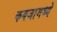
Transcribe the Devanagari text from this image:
कबजामध्ये